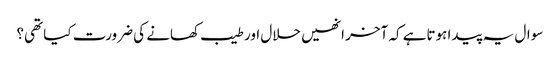
سوال یہ پیدا ہوتاہے کہ آخر انھیں حلال اور طیب کھانے کی ضرورت کیا تھی؟